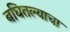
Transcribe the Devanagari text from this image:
बघितल्याचा